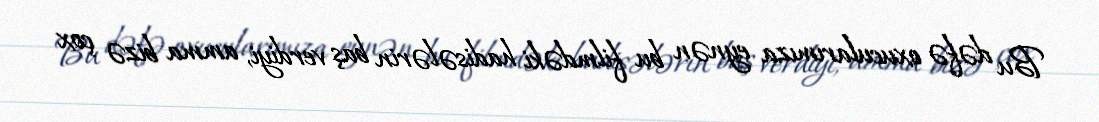
Bu dəfə oxucularımıza eynən bu filmdəki hadisələrin baş verdiyi, amma bizə çox